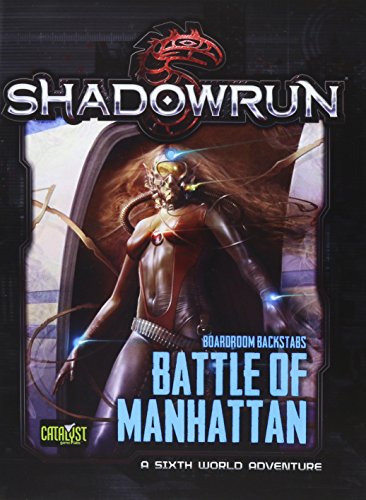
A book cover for Shadowrun Battle of Manhattan BB3; Science Fiction & Fantasy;